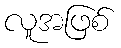
လူအဖြစ်